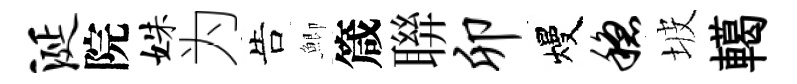
涎院姝为告鯽箴聨卯熳稳坡轕